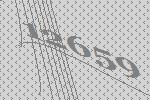
12659